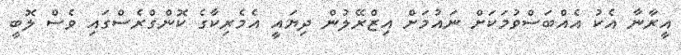
އީރާނާ އެކު އެއްބަސްވުމަކަށް ނައުމަށް އިޒްރޭލުން ދިޔައީ އެމެރިކާގެ ކޮންގްރެސްގައި ވެސް ލޮބީ